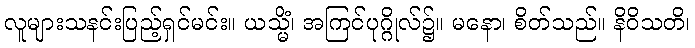
လူများသနင်းပြည့်ရှင်မင်း။ ယသ္မိံ၊ အကြင်ပုဂ္ဂိုလ်၌။ မနော၊ စိတ်သည်။ နိဝိသတိ၊